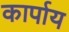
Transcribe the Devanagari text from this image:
कार्पाय